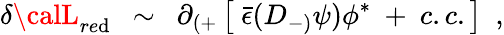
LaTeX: \delta{\calL}_{re\mathrm{d}}~~\sim~~\partial_{(+}\left[~{\bar{{\epsilon}}}(D_{-)}\psi)\phi^{*}~+~c.c.\right]~~,